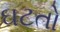
ઘટતો